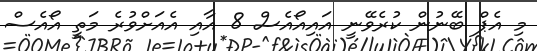
މި އެޕް ބޭނުން ކުރެވޭނީ އައިއޯއެސް 8 އާއި އެއަށްވުރެ މަތީ އޯއެސް